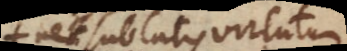
nec sublatis virtutum